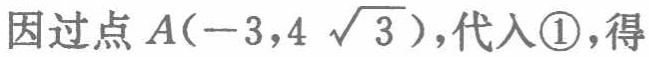
因过点\(A(-3,4\sqrt{3})\)，代入\textcircled{1}，得